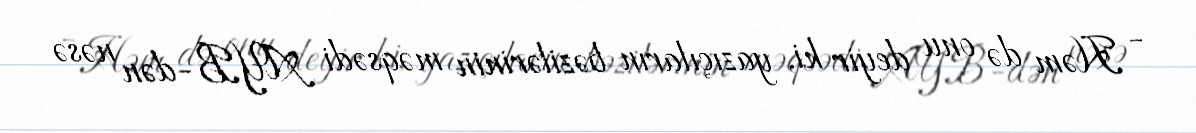
- Həm də onu deyir ki, yazıçıların bəzilərinin məqsədi AYB-dən nəsə